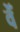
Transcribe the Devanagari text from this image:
वेँ